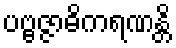
ပဗ္ဗဇ္ဇာဓိကရဏန္တိ